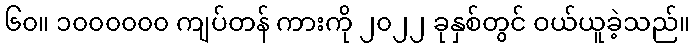
၆၀။ ၁၀၀၀၀၀၀ ကျပ်တန် ကားကို ၂၀၂၂ ခုနှစ်တွင် ဝယ်ယူခဲ့သည်။